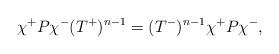
LaTeX: \begin{align*} \chi^+P\chi^-(T^+)^{n-1} = (T^-)^{n-1}\chi^+P\chi^-, \end{align*}